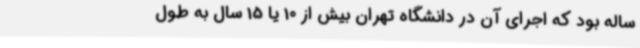
ساله بود که اجرای آن در دانشگاه تهران بیش از 10 یا 15 سال به طول